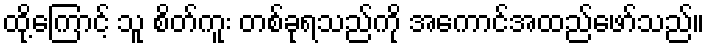
ထို့ကြောင့် သူ စိတ်ကူး တစ်ခုရသည်ကို အကောင်အထည်ဖော်သည်။